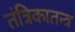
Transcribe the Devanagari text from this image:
तंत्रिकातन्त्र